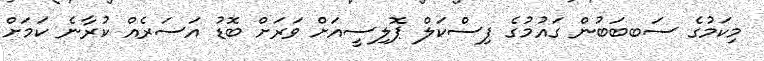
މިކަމުގެ ސަބބަބުން ގައުމުގެ ފިސްކަލް ޕޮލިސީއަށް ވަރަށް ބޮޑު އަސަރެއް ކުރާނެ ކަމަށް